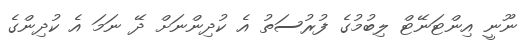
ނޫނީ އިންޓަނޭޓް ލިބުމުގެ ފުރުސަތު އެ ކުދިންނަށް ދޭ ނަމަ އެ ކުދިންގެ